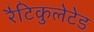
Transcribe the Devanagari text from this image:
रैटिकुलेटेड